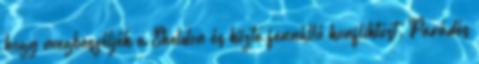
hogy megbeszéljék a Sheldon és közte fennálló konfliktust. Parádés